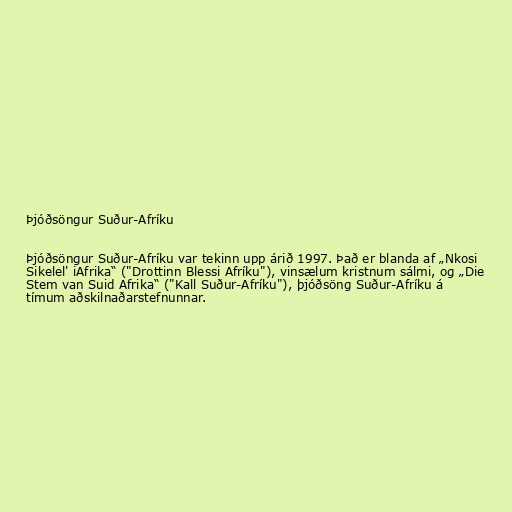
Þjóðsöngur Suður-Afríku

Þjóðsöngur Suður-Afríku var tekinn upp árið 1997. Það er blanda af „Nkosi
Sikelel' iAfrika“ ("Drottinn Blessi Afríku"), vinsælum kristnum sálmi, og „Die
Stem van Suid Afrika“ ("Kall Suður-Afríku"), þjóðsöng Suður-Afríku á
tímum aðskilnaðarstefnunnar.